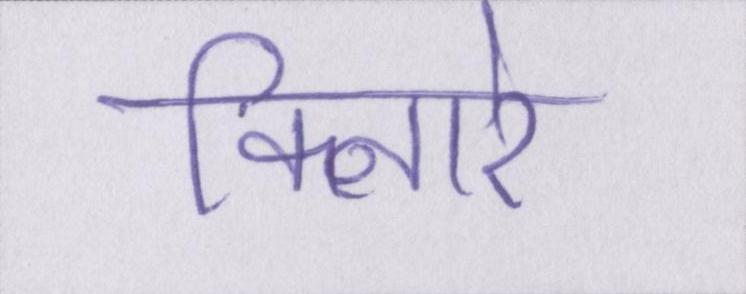
किनारे